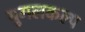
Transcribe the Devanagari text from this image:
युगलकल्प